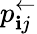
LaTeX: p_{\mathbf{i}j}^{\leftarrow}